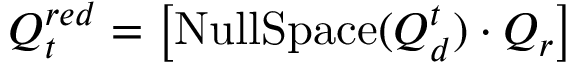
Q _ { t } ^ { r e d } = \left[ { \mathrm { N u l l S p a c e } } ( Q _ { d } ^ { t } ) \cdot Q _ { r } \right]